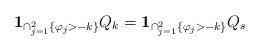
LaTeX: \begin{align*}\bold{1}_{\cap_{j=1}^2 \{\varphi_{j}> -k\}} Q_k =\bold{1}_{\cap_{j=1}^2\{\varphi_{j}> -k\}} Q_{s}\end{align*}